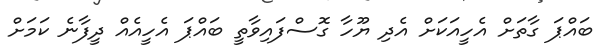
ބައްޕަ ގާތަށް އެހީއަކަށް އެދި ޔޫހާ ގޮސްފައިވާތީ ބައްޕަ އެހީއެއް ދީފާނެ ކަމަށް